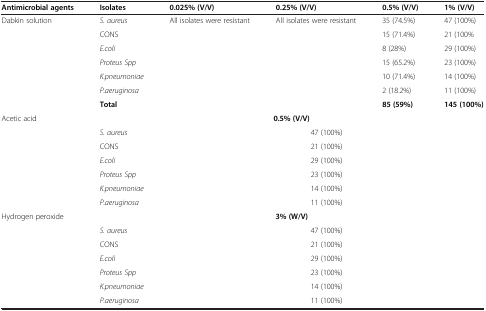
| Antimicrobial agents | Isolates | 0.025% (V/V) | 0.25% (V/V) | 0.5% (V/V) | 1% (V/V) |
 | --- | --- | --- | --- | --- | --- |
 | <ROWSPAN=6> Dabkin solution | S. aureus | <ROWSPAN=6> All isolates were resistant | <ROWSPAN=6> All isolates were resistant | 35 (74.5%) | 47 (100%) |
 | CONS | 15 (71.4%) | 21 (100% |
 | E.coli | 8 (28%) | 29 (100%) |
 | Proteus Spp | 15 (65.2%) | 23 (100%) |
 | K.pneumoniae | 10 (71.4%) | 14 (100%) |
 | P.aeruginosa | 2 (18.2%) | 11 (100%) |
 |  | Total |  |  | 85 (59%) | 145 (100%) |
 | <ROWSPAN=7> Acetic acid | <COLSPAN=5> 0.5% (V/V) |
 | S. aureus | <COLSPAN=4> 47 (100%) |
 | CONS | <COLSPAN=4> 21 (100%) |
 | E.coli | <COLSPAN=4> 29 (100%) |
 | Proteus Spp | <COLSPAN=4> 23 (100%) |
 | K.pneumoniae | <COLSPAN=4> 14 (100%) |
 | P.aeruginosa | <COLSPAN=4> 11 (100%) |
 | <ROWSPAN=7> Hydrogen peroxide | <COLSPAN=5> 3% (W/V) |
 | S. aureus | <COLSPAN=4> 47 (100%) |
 | CONS | <COLSPAN=4> 21 (100%) |
 | E.coli | <COLSPAN=4> 29 (100%) |
 | Proteus Spp | <COLSPAN=4> 23 (100%) |
 | K.pneumoniae | <COLSPAN=4> 14 (100%) |
 | P.aeruginosa | <COLSPAN=4> 11 (100%) |